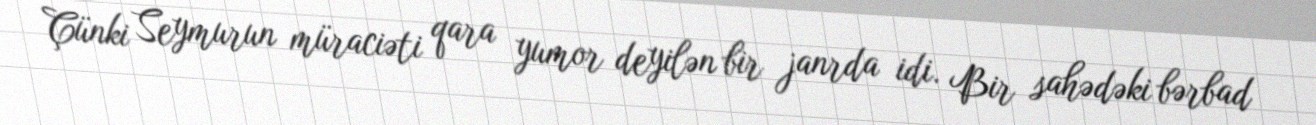
Çünki Seymurun müraciəti qara yumor deyilən bir janrda idi. Bir sahədəki bərbad